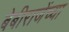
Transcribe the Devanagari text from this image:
बेबीराजेंच्या